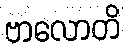
ဗာလောတိ